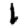
Digit: 1